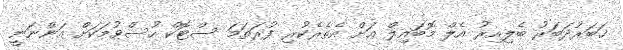
ޚަބަރުދަބަރު ބެލިއިރު އެލް މޮބައިލް އަށް އެތެރެކުރި ފުރަތަމަ ސްޓޮކް ހުސްވުމަކަށް އަންނަނީ